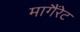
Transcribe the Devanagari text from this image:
मागैंरेट